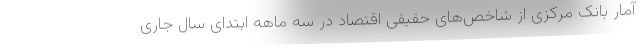
آمار بانک مرکزی از شاخص‌های حقیقی اقتصاد در سه ماهه ابتدای سال جاری